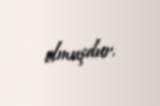
olmuşdur.